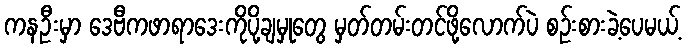
ကနဦးမှာ ဒေဗီကဖာရာဒေးကိုပို့ချမှုတွေ မှတ်တမ်းတင်ဖို့လောက်ပဲ စဉ်းစားခဲ့ပေမယ့်